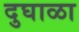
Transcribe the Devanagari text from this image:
दुघाळा